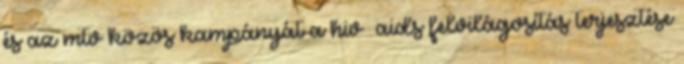
és az mtv közös kampányát a hiv aids felvilágosítás terjesztése